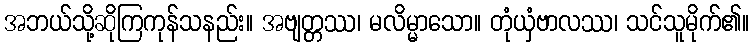
အဘယ်သို့ဆိုကြကုန်သနည်း။ အဗျတ္တဿ၊ မလိမ္မာသော။ တုံယှံဗာလဿ၊ သင်သူမိုက်၏။